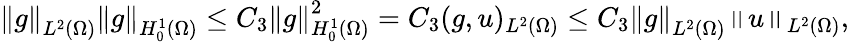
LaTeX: \left\Vert g\right\Vert_{L^{2}(\Omega)}\left\Vert g\right\Vert_{H_{0}^{1}(\Omega)}\leq C_{3}\left\Vert g\right\Vert_{H_{0}^{1}(\Omega)}^{2}=C_{3}(g,u)_{L^{2}(\Omega)}\leq C_{3}\left\Vert g\right\Vert_{L^{2}(\Omega)}\left\Vert u\right\Vert_{L^{2}(\Omega)},